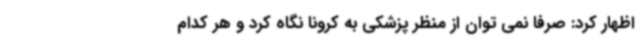
اظهار کرد: صرفا نمی توان از منظر پزشکی به کرونا نگاه کرد و هر کدام